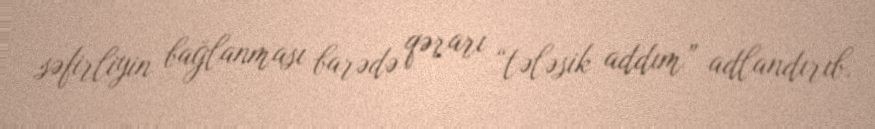
səfirliyin bağlanması barədə qərarı “tələsik addım” adlandırıb.